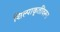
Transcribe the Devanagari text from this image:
शिल्पाकृतींवरून